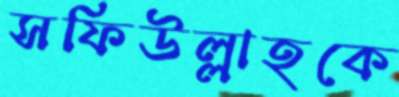
সফিউল্লাহকে